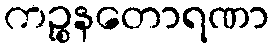
ကဉ္စနတောရဏာ